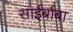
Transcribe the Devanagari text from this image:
साईर्बाबा